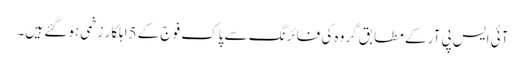
آئی ایس پی آر کے مطابق گروہ کی فائرنگ سے پاک فوج کے 5اہلکار زخمی ہو گئے ہیں۔